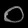
Digit: ၀